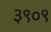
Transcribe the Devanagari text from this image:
३९०९